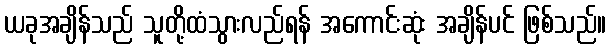
ယခုအချိန်သည် သူတို့ထံသွားလည်ရန် အကောင်းဆုံး အချိန်ပင် ဖြစ်သည်။